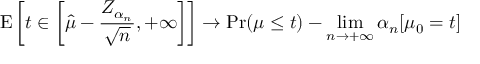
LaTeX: \operatorname { E } \left[ t \in \left[ { \hat { \mu } } - { \frac { Z _ { \alpha _ { n } } } { \sqrt { n } } } , + \infty \right] \right] \rightarrow \operatorname* { P r } ( \mu \leq t ) - \operatorname* { l i m } _ { n \rightarrow + \infty } \alpha _ { n } [ \mu _ { 0 } = t ]